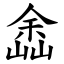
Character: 嵞